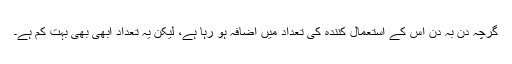
گرچہ دن بہ دن اس کے استعمال کنندہ کی تعداد میں اضافہ ہو رہا ہے، لیکن یہ تعداد ابھی بھی بہت کم ہے۔